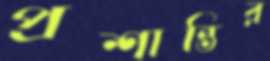
প্রশান্তির